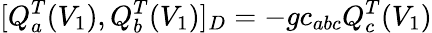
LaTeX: [Q_{a}^{T}(V_{1}),Q_{b}^{T}(V_{1})]_{D}=-gc_{abc}Q_{c}^{T}(V_{1})